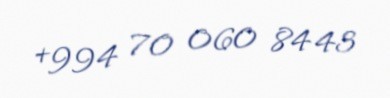
+994 70 060 84 43